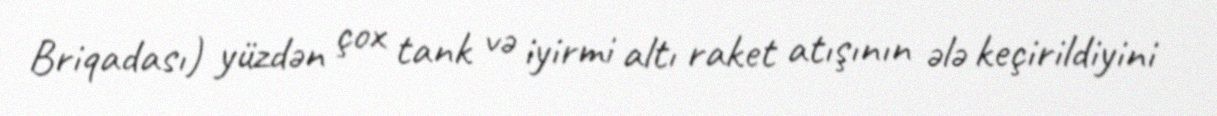
Briqadası) yüzdən çox tank və iyirmi altı raket atışının ələ keçirildiyini